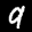
Label: 9